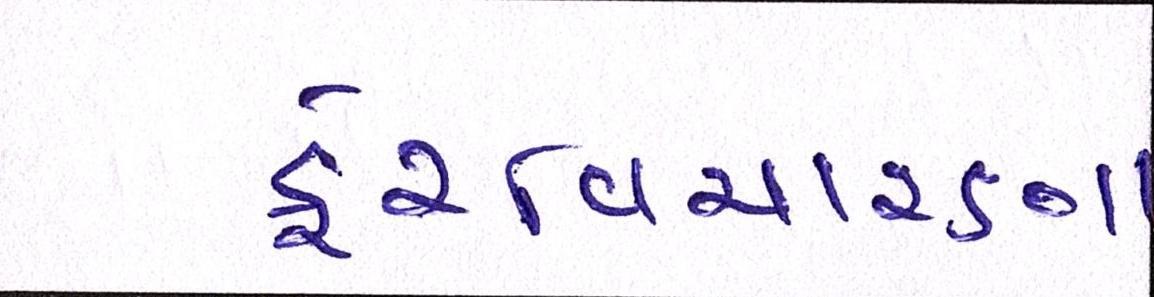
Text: ફેરવિચારણા